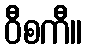
ဝီစကီ။